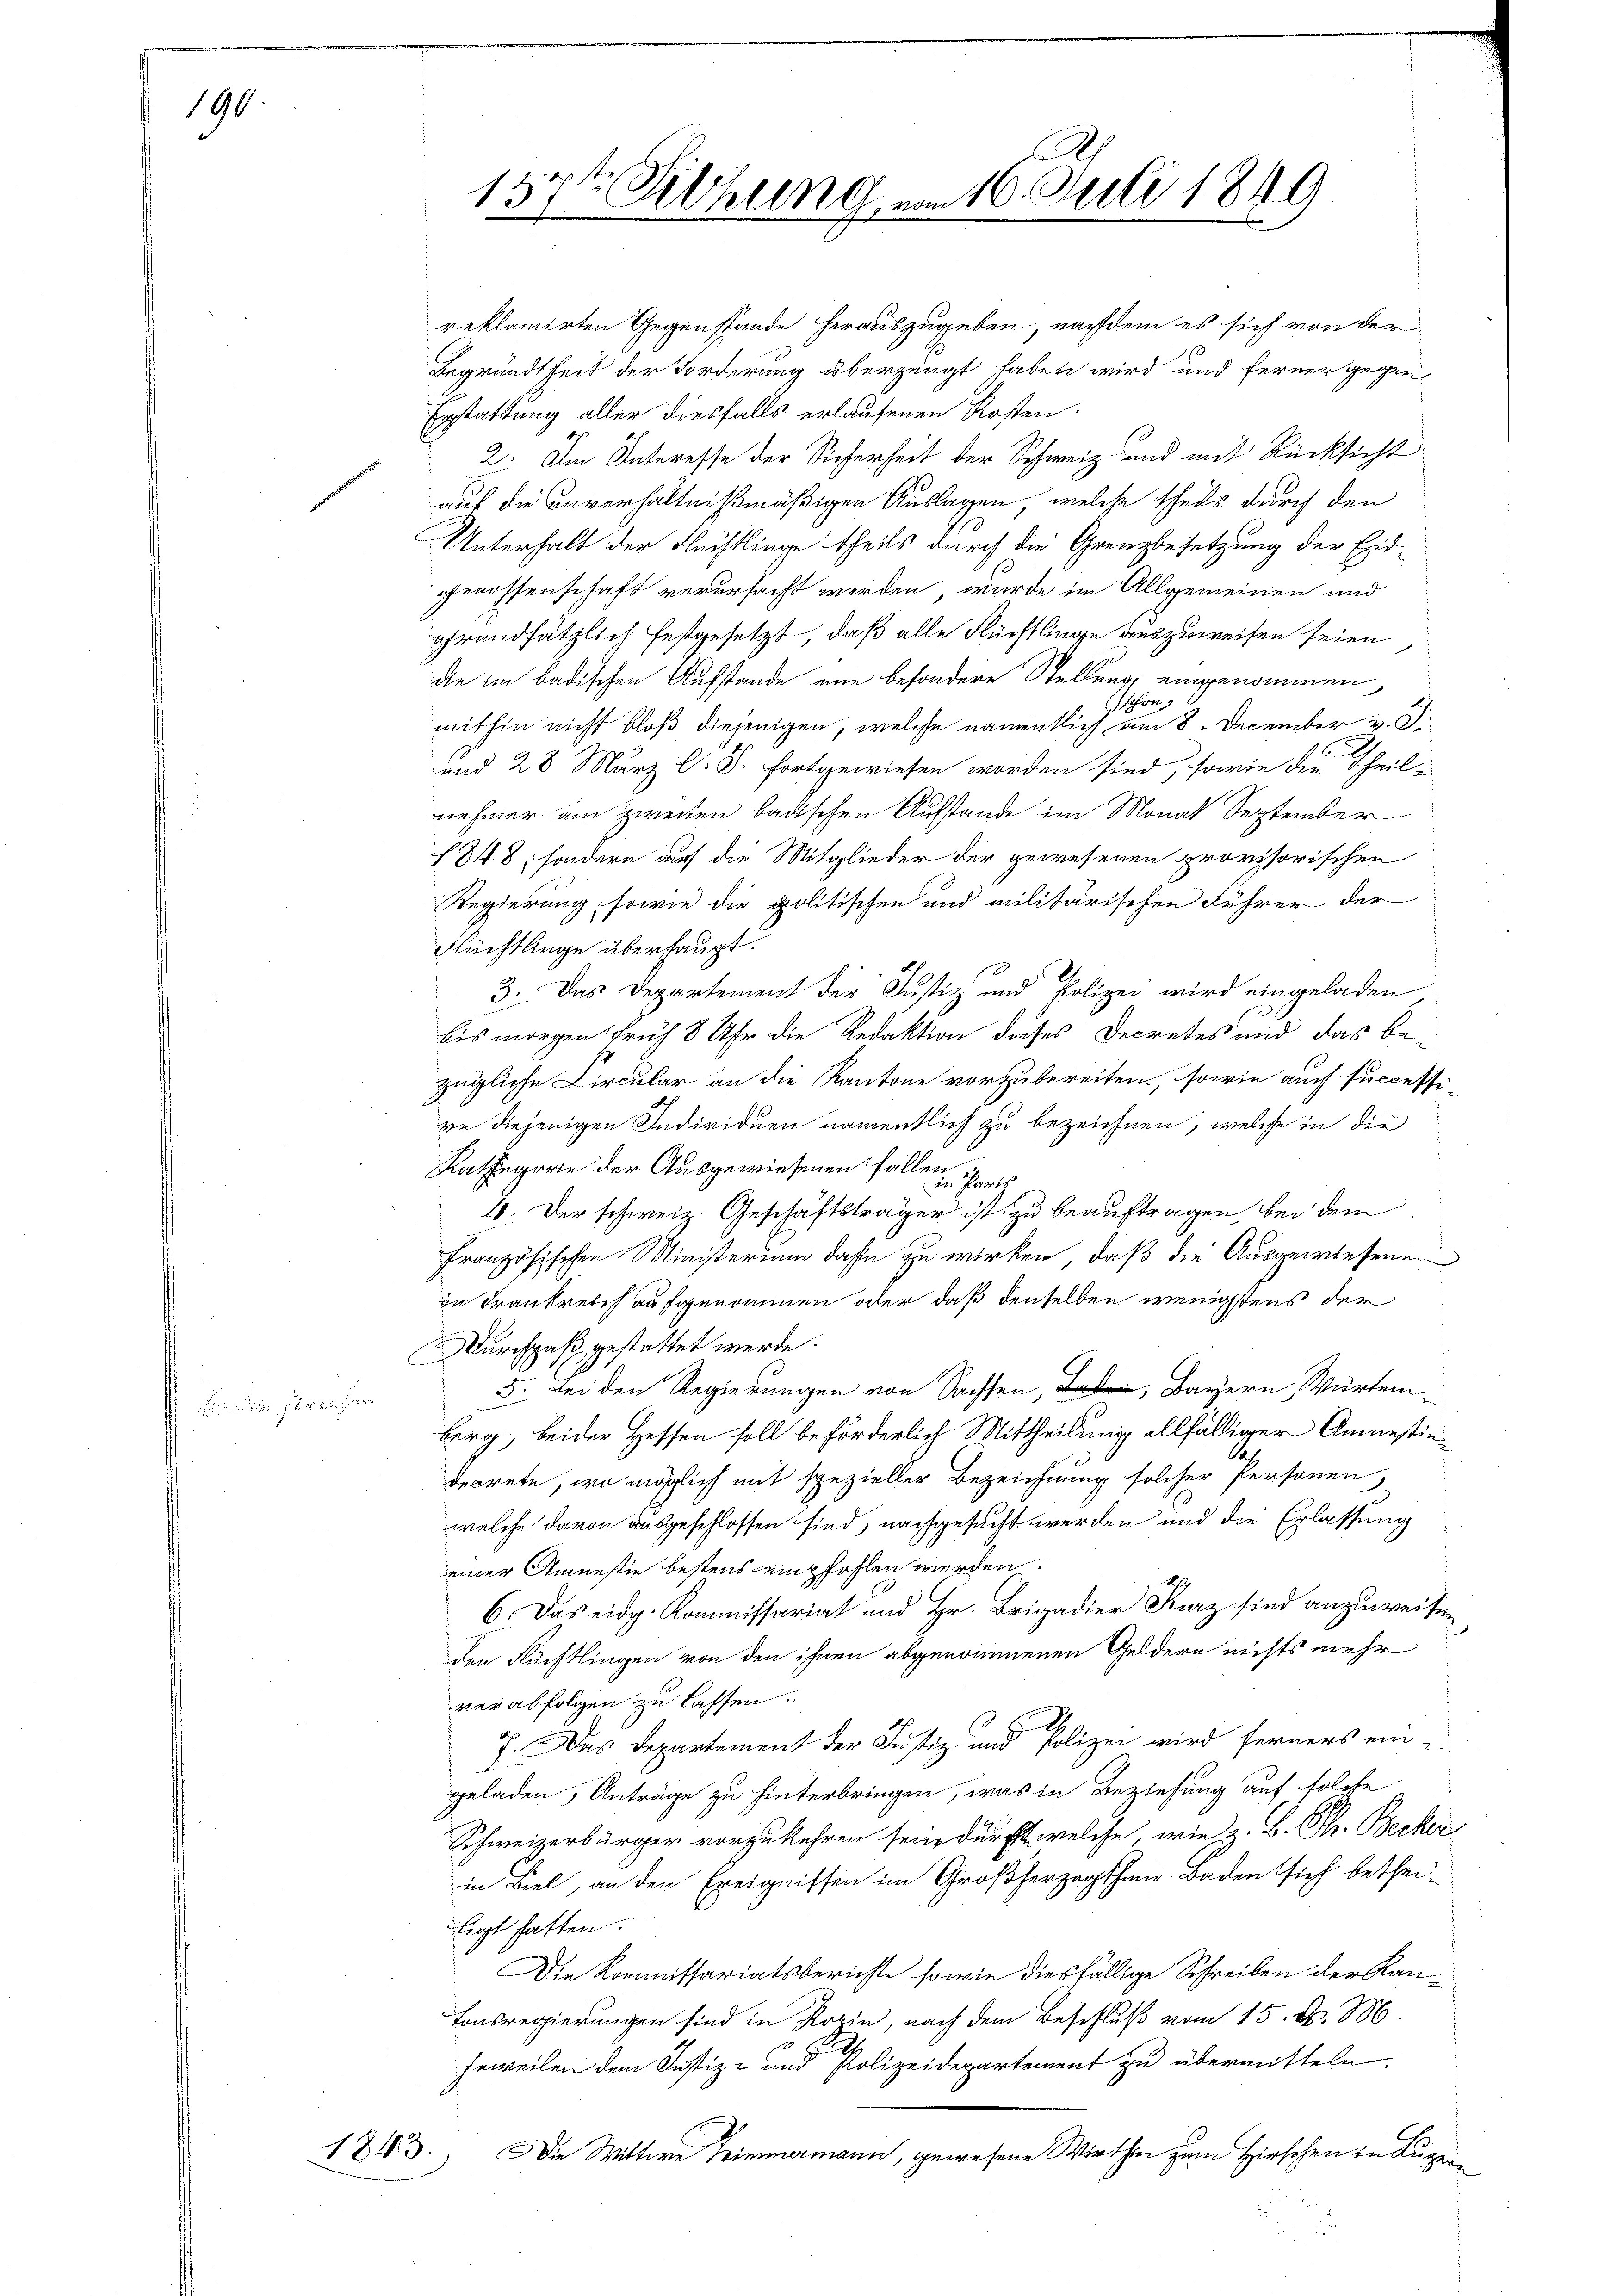
190.

157ten Sitzung am 16. Juli 1849

reklamirten Gegenstände herauszugeben, nachdem es sich von der
Begründtheit der Forderung überzeugt haben wird und ferner gegen¬
Erstattung aller diesfalls erlaufenen Kosten.
2. Im Interesse der Sicherheit der Schweiz und mit Rücksicht
auf die unverhältnißmäßigen Auslagen, welche theils durch den
Unterhalt der Flüchtlinge theils durch die Grenzbesetzung der Eidgenossenschaft verursacht werden, wurde im Allgemeinen und
grundsätzlich festgesetzt, daß alle Flüchtlinge auszuweisen seien
de im badischen Aufstande eine besondere Stellung eingenommen,
schön
mithin nicht bloß diejenigen, welche namentlich am 8. December v. J.
u
und 28 März l. S. fortgewiesen worden sind, sowie die Theil-
nehmer am zweiten badischen Aufstande im Monat September
1848, sondern auf die Mitglieder der gewesenen provisorischen
Regierung, sowie die politischen und militärischen Fuhrer der
Flüchtlinge überhaupt.
3. Das Departement der Justiz und Polizei wird eingeladen
bis morgen früh 8 Uhr die Redaktion dieses Decretes und das be-
zügliche Circular an die Kantone vorzubereiten, sowie auch successi-
re diejenigen Individuen namentlich zu bezeichnen, welche in die
Kathegorie der Ausgewiesenen Fallen, Freih
2. Der schweiz. Geschäftsträger ist zu beauftragen, bei dem
französischen Ministerium daß zu wirken, daß die Ausgewiesenen
in Trankretis aufgenommen oder daß denselben wenigstens der
Durchpaß gestattet werde.
5. Bei den Regierungen von Sachsen, Bayern, Würtem¬
Berg, beider Hessen soll beförderlich Mittheilung allfälliger Amnestindecrete, wo möglich mit spezieller Bezeichnung solcher Personen
welche davon ausgeschlossen sind, nachgesucht werden und die Erlassung
einer Amnestie bestens empfohlen werden.
6. Das eidg. Kommissariat und Hr. Brigadier Kurz sind anzuweisen,
den Rüchtlingen von den ihnen abgenommenen Geldern nichts mehr
verabfolgen zu lassen.
7. Das Departement der Justiz und Polizei wird ferners ein-
geladen, Anträge zu hinterbringen, was in Beziehung auf solche
Schweizerbürger vorzukehren seine durft, welche, wie z. B. Th. Becker
in Biel, an den Ereignissen im Großherzogthum Baden sich bethei-
ligt hatten.
Die Kommissariatsberichte, sowie diesfällige Schreiben der Kantonsregierungen sind in Rozin, nach dem Beschluß vom 15. d. M.
jeweilen dem Justiz- und Polizeidepartement zu übermitteln.
1813.) Die Wittwe Trimmermann, gewesene Wirthen zum Hirschen in Luzer